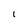
Character: l